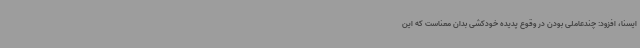
ایسنا، افزود: چندعاملی بودن در وقوع پدیده خودکشی بدان معناست که این